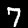
Digit: 7